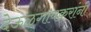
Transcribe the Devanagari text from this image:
देऊळगावकरांनी